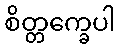
စိတ္တက္ခေပါ